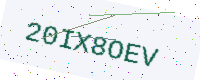
Text: 20IX8OEV